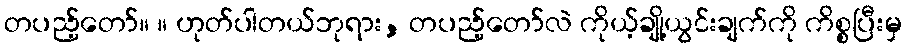
တပည့်တော်။ ။ ဟုတ်ပါတယ်ဘုရား, တပည့်တော်လဲ ကိုယ့်ချို့ယွင်းချက်ကို ကိစ္စပြီးမှ